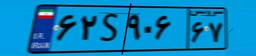
۶۲S۹۰۶۶۷